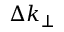
\Delta k _ { \perp }